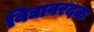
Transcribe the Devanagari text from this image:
विद्यावरदक